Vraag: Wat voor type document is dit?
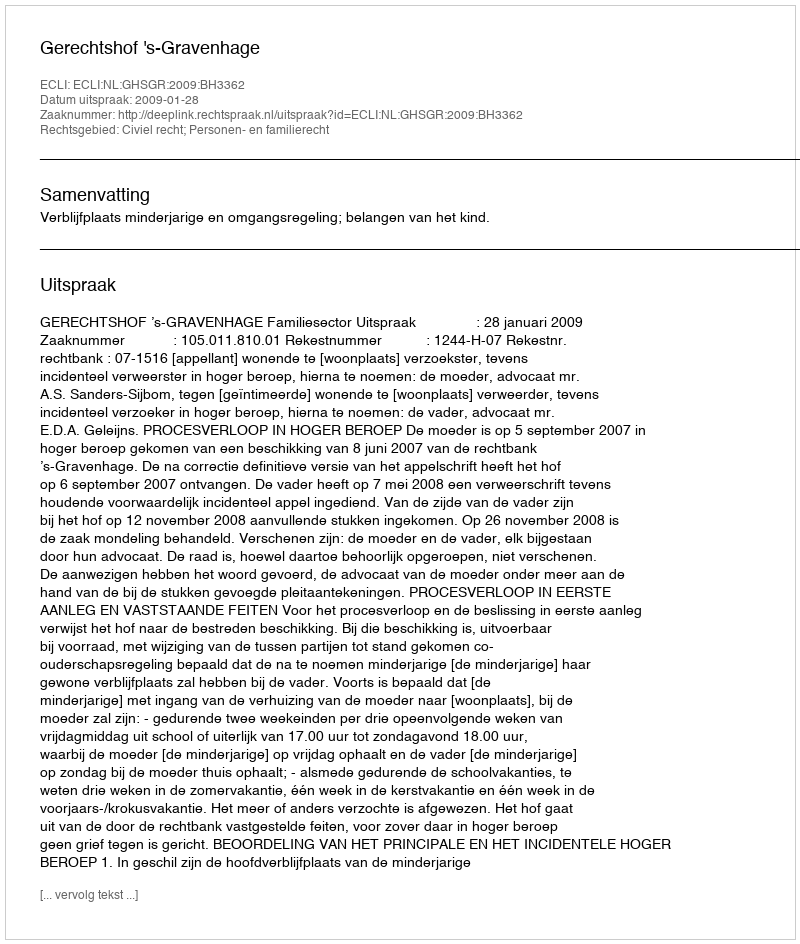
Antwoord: Uitspraak